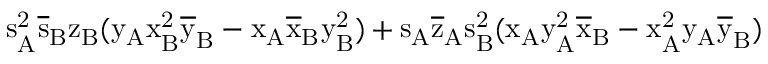
\mathrm { s _ { A } ^ { 2 } \mathrm { \overline { { s } } _ { B } \mathrm { z _ { B } ( \mathrm { y _ { A } \mathrm { x _ { B } ^ { 2 } \mathrm { \overline { { y } } _ { B } - \mathrm { x _ { A } \mathrm { \overline { { x } } _ { B } \mathrm { y _ { B } ^ { 2 } ) + \mathrm { s _ { A } \mathrm { \overline { { z } } _ { A } \mathrm { s _ { B } ^ { 2 } ( \mathrm { x _ { A } \mathrm { y _ { A } ^ { 2 } \mathrm { \overline { { x } } _ { B } - \mathrm { x _ { A } ^ { 2 } \mathrm { y _ { A } \mathrm { \overline { { y } } _ { B } ) } } } } } } } } } } } } } } } } } }